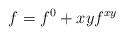
LaTeX: \begin{align*}f=f^0 + xyf^{xy}\end{align*}